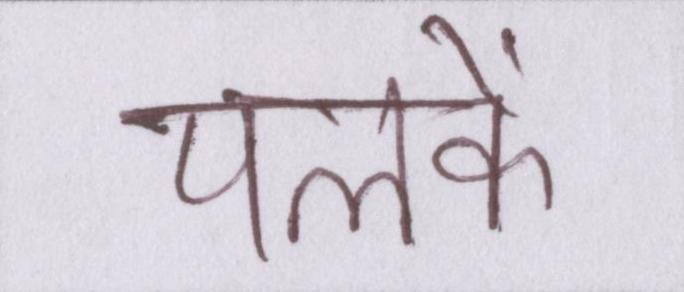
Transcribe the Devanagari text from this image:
पलकें